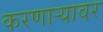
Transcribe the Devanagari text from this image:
करणार्‍यावर